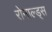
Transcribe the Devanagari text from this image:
रोनाल्ड्स